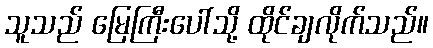
သူသည် မြေကြီးပေါ်သို့ ထိုင်ချလိုက်သည်။